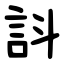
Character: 䚵